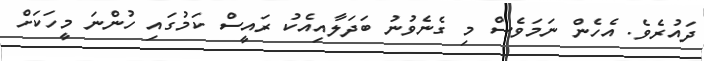
ދައުރެވެ. އެހެން ނަމަވެސް މި ގެނެވުނު ބަދަލާއިއެކު ރައީސް ކަމުގައި ހުންނަ މީހަކަށް